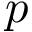
p